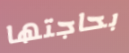
بحاجتها